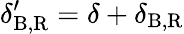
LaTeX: \delta_{\mathrm{B,R}}^{\prime}=\delta+\delta_{\mathrm{B,R}}